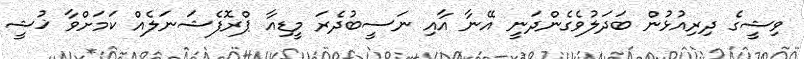
ވިޝީގެ ދިރިއުޅުން ބަދަލުވެގެންދަނީ އޭނާ އާއި ނަސީބުދެރަ މީޑިއާ ޕްރޮފެޝަނަލެއް ކަމަށްވާ ޚުޝީ